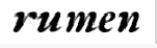
rumen